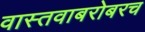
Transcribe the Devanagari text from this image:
वास्तवाबरोबरच